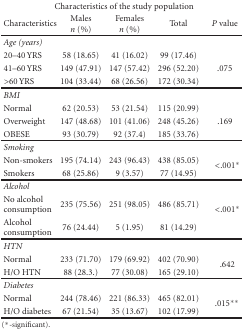
| <COLSPAN=5> Characteristics of the study population |
 | Characteristics | Males n (%) | Females n (%) | Total | P value |
 | --- | --- | --- | --- | --- |
 | Age (years) |  |  |  |  |
 | 20–40 YRS | 58 (18.65) | 41 (16.02) | 99 (17.46) |  |
 | 41–60 YRS | 149 (47.91) | 147 (57.42) | 296 (52.20) | .075 |
 | >60 YRS | 104 (33.44) | 68 (26.56) | 172 (30.34) |  |
 | BMI |  |  |  |  |
 | Normal | 62 (20.53) | 53 (21.54) | 115 (20.99) |  |
 | Overweight | 147 (48.68) | 101 (41.06) | 248 (45.26) | .169 |
 | OBESE | 93 (30.79) | 92 (37.4) | 185 (33.76) |  |
 | Smoking |  |  |  |  |
 | Non-smokers | 195 (74.14) | 243 (96.43) | 438 (85.05) | <ROWSPAN=2> <.001* |
 | Smokers | 68 (25.86) | 9 (3.57) | 77 (14.95) |
 | Alcohol |  |  |  |  |
 | No alcohol consumption | 235 (75.56) | 251 (98.05) | 486 (85.71) | <ROWSPAN=2> <.001* |
 | Alcohol consumption | 76 (24.44) | 5 (1.95) | 81 (14.29) |
 | HTN |  |  |  |  |
 | Normal | 233 (71.70) | 179 (69.92) | 402 (70.90) | <ROWSPAN=2> .642 |
 | H/O HTN | 88 (28.3.) | 77 (30.08) | 165 (29.10) |
 | Diabetes |  |  |  |  |
 | Normal | 244 (78.46) | 221 (86.33) | 465 (82.01) | <ROWSPAN=2> .015** |
 | H/O diabetes | 67 (21.54) | 35 (13.67) | 102 (17.99) |